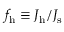
f _ { \mathrm { h } } \equiv \ensuremath { J _ { \mathrm { h } } } / \ensuremath { J _ { \mathrm { s } } }